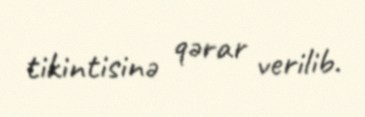
tikintisinə qərar verilib.